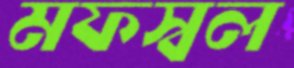
মফস্বল